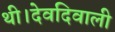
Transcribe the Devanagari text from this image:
थी।देवदिवाली